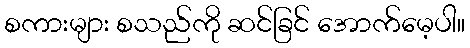
စကားများ စသည်ကို ဆင်ခြင် အောက်မေ့ပါ။